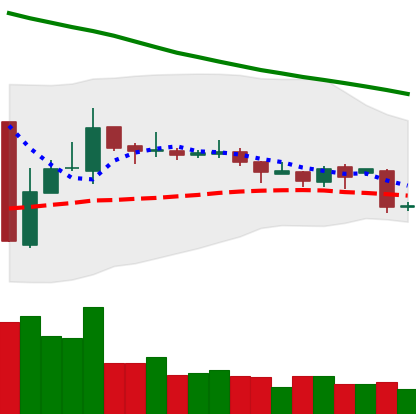
Ticker: TRX-USD
Chart end date: 2018-10-30
Forward return: 4.876%
Label: up_3_5